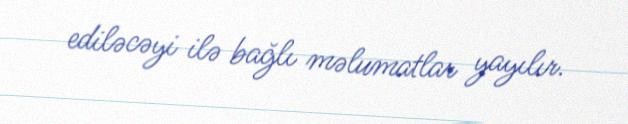
ediləcəyi ilə bağlı məlumatlar yayılır.